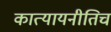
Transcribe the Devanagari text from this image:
कात्यायनीतिच